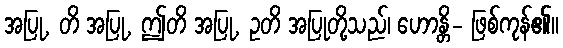
အပြု, တိ အပြု, ဤတိ အပြု, ဥတိ အပြုတို့သည်၊ ဟောန္တိ- ဖြစ်ကုန်၏။